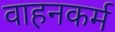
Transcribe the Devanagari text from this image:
वाहनकर्म